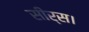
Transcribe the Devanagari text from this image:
सीर्स।